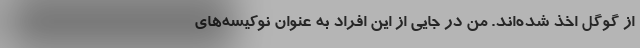
از گوگل اخذ شده‌اند. من در جایی از این افراد به عنوان نوکیسه‌های